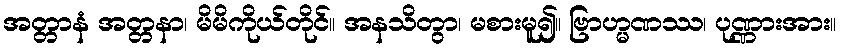
အတ္တာနံ အတ္တနာ၊ မိမိကိုယ်တိုင်။ အနသိတွာ၊ မစားမူ၍။ ဗြာဟ္မဏဿ၊ ပုဏ္ဏားအား။